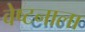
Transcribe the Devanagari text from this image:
वेष्टनाला